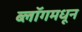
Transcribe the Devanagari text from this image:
ब्लॉगमधून